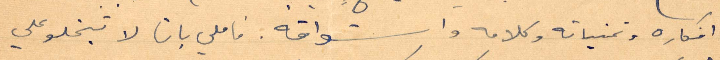
أفكاره وتمنياته وكلامه واشواقه. فأملي بان لا تبخلو علي